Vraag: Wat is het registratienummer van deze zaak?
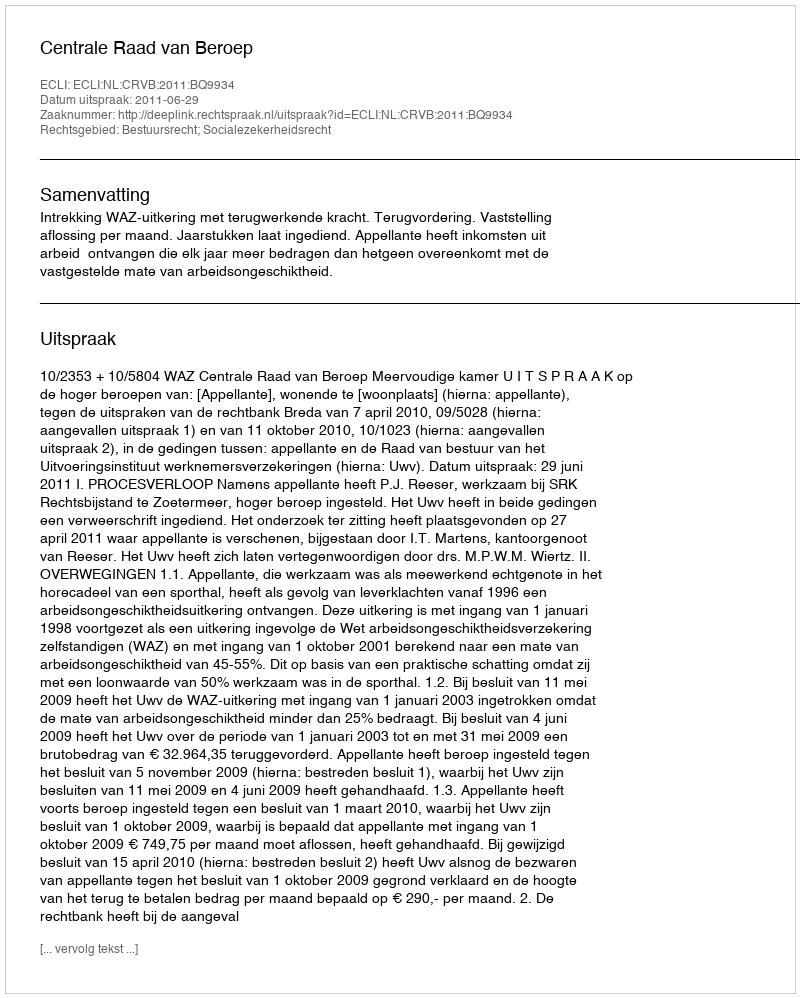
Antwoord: http://deeplink.rechtspraak.nl/uitspraak?id=ECLI:NL:CRVB:2011:BQ9934